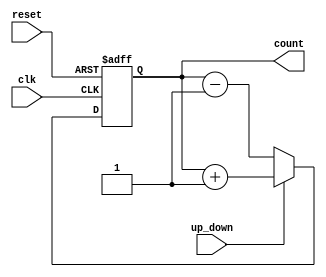
module Universal_Binary_Counter (
      input clk,
      input reset,
      input up_down,
      output reg [3:0] count
      );

  always @(posedge clk or posedge reset) begin
      if (reset) begin
        count <= 4'b0000;
      end
      else begin
          if (up_down) begin
            count <= count + 4'b0001;
          end
          else begin
            count <= count - 4'b0001;
          end
      end
    end

endmodule